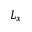
L _ { x }